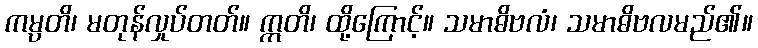
ကမ္ပတိ၊ မတုန်လှုပ်တတ်။ ဣတိ၊ ထို့ကြောင့်။ သမာဓိဗလံ၊ သမာဓိဗလမည်၏။